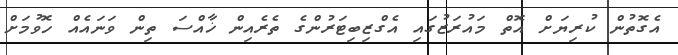
އެގޮތުން ކުރިޔަށް އޮތް މައުރަޒުގައި އެގްޒިބިޓަރުންގެ ތެރެއިން ޚާއްސަ ތިން ވަނައެއް ހޮވުމަށް